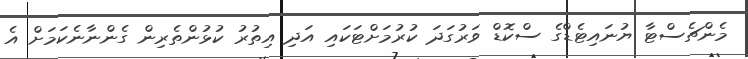
މެންޗެސްޓާ ޔުނައިޓެޑްގެ ސްކޮޑް ވަރުގަދަ ކުރުމަށްޓަކައި އަދި އިތުރު ކުޅުންތެރިން ގެންނާނެކަމަށް އެ